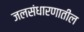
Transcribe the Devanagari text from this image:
जलसंधारणातील